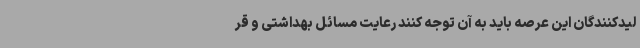
لیدکنندگان این عرصه باید به آن توجه کنند رعایت مسائل بهداشتی و قر